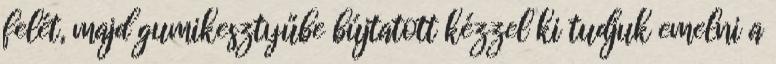
felét, majd gumikesztyűbe bújtatott kézzel ki tudjuk emelni a